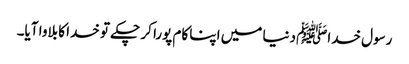
رسول خداﷺ دنیا میں اپنا کام پورا کر چکے تو خدا کا بلاوا آیا۔